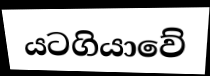
යටගියාවේ